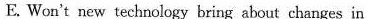
E. Won't new technology bring about changes in